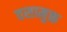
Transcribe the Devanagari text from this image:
वसामुक्त